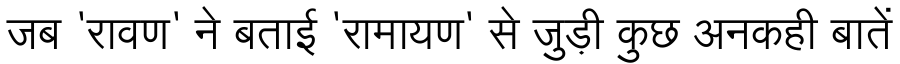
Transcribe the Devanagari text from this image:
जब 'रावण' ने बताई 'रामायण' से जुड़ी कुछ अनकही बातें